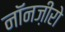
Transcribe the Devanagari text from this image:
नॉनज़ीरो